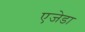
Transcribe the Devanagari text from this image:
एजेडा